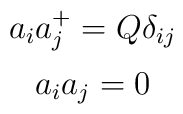
\begin{array}{c}a_{i}a^{+}_{j}=Q\delta_{ij}\\[2mm]a_{i}a_{j}=0\end{array}